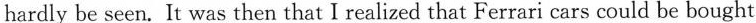
hardly be seen.It was then that I realized that Ferrari cars could be bought